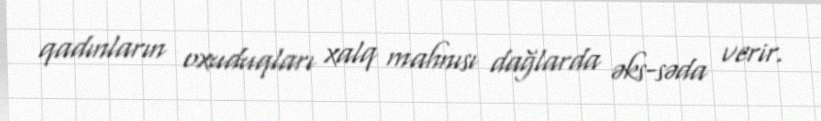
qadınların oxuduqları xalq mahnısı dağlarda əks-səda verir.